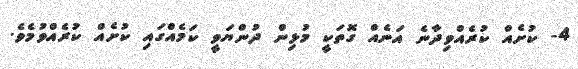
4- ކުށެއް ކުރެއްވިދާނެ އަނެއް ގޮތަކީ މުޅިން ދުންޔަވީ ކަމެއްގައި ކުށެއް ކުރެއްވުމެވެ.